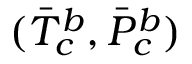
( \Bar { T } _ { c } ^ { b } , \Bar { P } _ { c } ^ { b } )